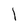
Character: l